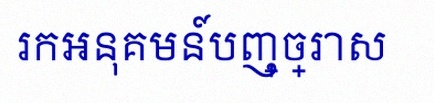
រកអនុគមន៍បញ្ច្រាស